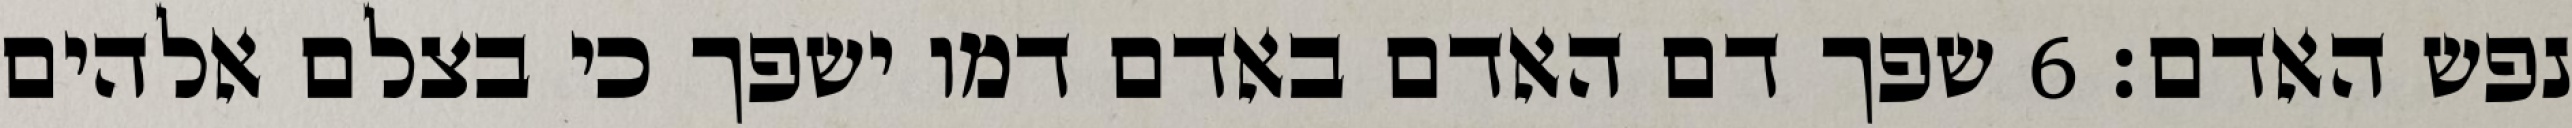
נפש האדם׃ ‎6‏ שפך דם האדם באדם דמו ישפך כי בצלם אלהים